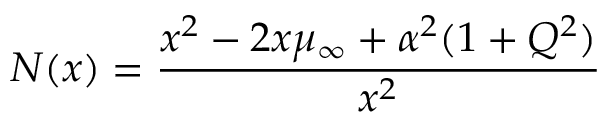
N ( x ) = { \frac { x ^ { 2 } - 2 x \mu _ { \infty } + \alpha ^ { 2 } ( 1 + Q ^ { 2 } ) } { x ^ { 2 } } }